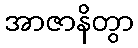
အာဇာနိတွာ